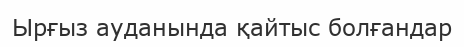
Ырғыз ауданында қайтыс болғандар